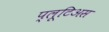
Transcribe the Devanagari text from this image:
प्लूटिअस